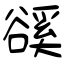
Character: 豀